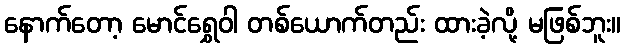
နောက်တော့ မောင်ရွှေဝါ တစ်ယောက်တည်း ထားခဲ့လို့ မဖြစ်ဘူး။